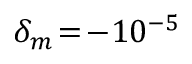
\delta _ { m } \! = \! - 1 0 ^ { - 5 }